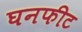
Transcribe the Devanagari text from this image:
घनफीट